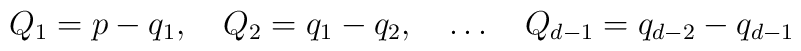
Q_1=p-q_1,\quad Q_2=q_1-q_2,\quad \ldots \quad Q_{d-1}=q_{d-2} -q_{d-1}